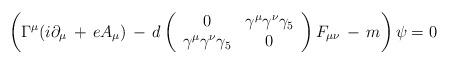
LaTeX: \begin{align*}\left( \Gamma^{\mu} (i\partial_{\mu} \,+\, eA_{\mu}) \,-\, d\left(\begin{array}{cc}0 &\gamma^{\mu}\gamma^{\nu}\gamma_{5} \\\gamma^{\mu}\gamma^{\nu}\gamma_{5} &0\end{array} \right)F_{\mu \nu} \,-\, m\right) \psi = 0\end{align*}